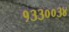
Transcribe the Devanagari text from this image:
१३३००३४